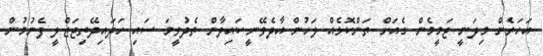
އަހަރެން މިދަނީ ޖަމީމެން ގެއަށް..ތަންކޮޅެއް ލަހުން އާދެވޭނީ.ކައިލާން ތެދުވީމަ ސައި ހަދައިދޭތިޖަޒްލީ ފެނުމުން